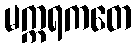
မက္ကရကတေ